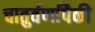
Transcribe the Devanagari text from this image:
चातुर्वर्णांपैकी